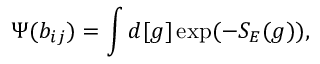
\Psi ( b _ { i j } ) = \int d [ g ] \exp ( - S _ { E } ( g ) ) ,